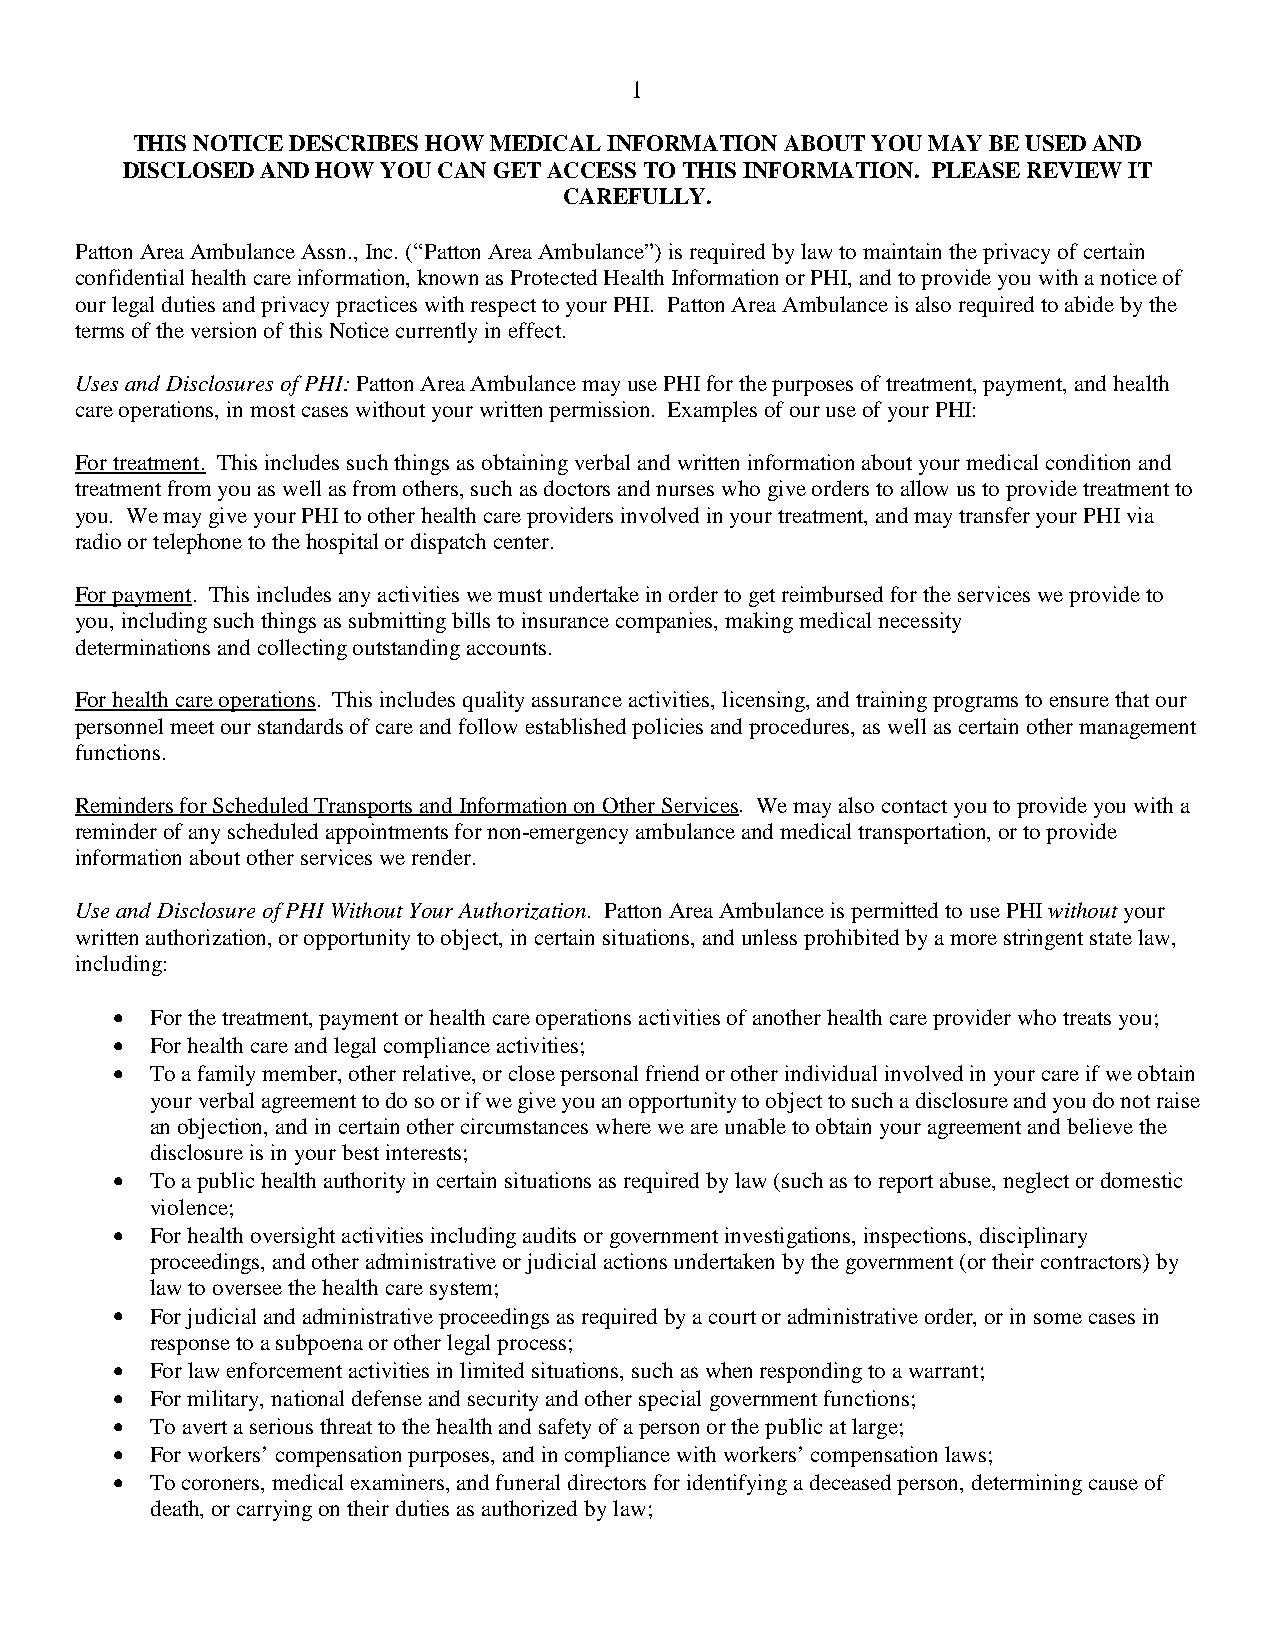
1
 THIS NOTICE DESCRIBES HOW MEDICAL INFORMATION ABOUT YOU MAY BE USED AND
 DISCLOSED AND HOW YOU CAN GET ACCESS TO THIS INFORMATION. PLEASE REVIEW IT
 CAREFULLY.
 Patton Area Ambulance Assn., Inc. (“Patton Area Ambulance”) is required by law to maintain the privacy of certain
 confidential health care information, known as Protected Health Information or PHI, and to provide you with a notice of
 our legal duties and privacy practices with respect to your PHI. Patton Area Ambulance is also required to abide by the
 terms of the version of this Notice currently in effect.
 Uses and Disclosures of PHI: Patton Area Ambulance may use PHI for the purposes of treatment, payment, and health
 care operations, in most cases without your written permission. Examples of our use of your PHI:
 For treatment. This includes such things as obtaining verbal and written information about your medical condition and
 treatment from you as well as from others, such as doctors and nurses who give orders to allow us to provide treatment to
 you. We may give your PHI to other health care providers involved in your treatment, and may transfer your PHI via
 radio or telephone to the hospital or dispatch center.
 For payment. This includes any activities we must undertake in order to get reimbursed for the services we provide to
 you, including such things as submitting bills to insurance companies, making medical necessity
 determinations and collecting outstanding accounts.
 For health care operations. This includes quality assurance activities, licensing, and training programs to ensure that our
 personnel meet our standards of care and follow established policies and procedures, as well as certain other management
 functions.
 Reminders for Scheduled Transports and Information on Other Services. We may also contact you to provide you with a
 reminder of any scheduled appointments for non-emergency ambulance and medical transportation, or to provide
 information about other services we render.
 Use and Disclosure of PHI Without Your Authorization. Patton Area Ambulance is permitted to use PHI without your
 written authorization, or opportunity to object, in certain situations, and unless prohibited by a more stringent state law,
 including:
 •  For the treatment, payment or health care operations activities of another health care provider who treats you;
 •  For health care and legal compliance activities;
 •  To a family member, other relative, or close personal friend or other individual involved in your care if we obtain
 your verbal agreement to do so or if we give you an opportunity to object to such a disclosure and you do not raise
 an objection, and in certain other circumstances where we are unable to obtain your agreement and believe the
 disclosure is in your best interests;
 •  To a public health authority in certain situations as required by law (such as to report abuse, neglect or domestic
 violence;
 •  For health oversight activities including audits or government investigations, inspections, disciplinary
 proceedings, and other administrative or judicial actions undertaken by the government (or their contractors) by
 law to oversee the health care system;
 •  For judicial and administrative proceedings as required by a court or administrative order, or in some cases in
 response to a subpoena or other legal process;
 •  For law enforcement activities in limited situations, such as when responding to a warrant;
 •  For military, national defense and security and other special government functions;
 •  To avert a serious threat to the health and safety of a person or the public at large;
 •  For workers’ compensation purposes, and in compliance with workers’ compensation laws;
 •  To coroners, medical examiners, and funeral directors for identifying a deceased person, determining cause of
 death, or carrying on their duties as authorized by law;